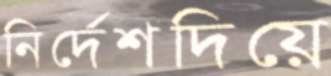
নির্দেশদিয়ে